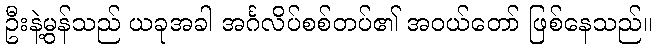
ဦးနဲ့မွန်သည် ယခုအခါ အင်္ဂလိပ်စစ်တပ်၏ အဝယ်တော် ဖြစ်နေသည်။